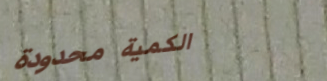
الكمية محدودة